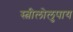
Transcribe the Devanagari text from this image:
स्त्रीलोलुपाय